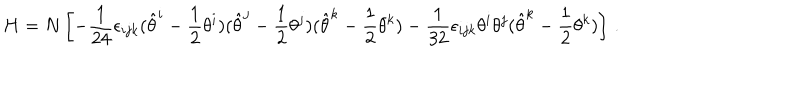
H = N \left[ - \frac { 1 } { 2 4 } \epsilon _ { i j k } ( \hat { \theta } ^ { i } - \frac { 1 } { 2 } \theta ^ { i } ) ( \hat { \theta } ^ { j } - \frac { 1 } { 2 } \theta ^ { j } ) ( \hat { \theta } ^ { k } - \frac { 1 } { 2 } \theta ^ { k } ) - \frac { 1 } { 3 2 } \epsilon _ { i j k } \theta ^ { i } \theta ^ { j } ( \hat { \theta } ^ { k } - \frac { 1 } { 2 } \theta ^ { k } ) \right] \, .